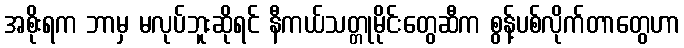
အစိုးရက ဘာမှ မလုပ်ဘူးဆိုရင် နီကယ်သတ္တုမိုင်းတွေဆီက စွန့်ပစ်လိုက်တာတွေဟာ